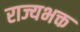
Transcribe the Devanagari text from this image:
राज्यभक्त